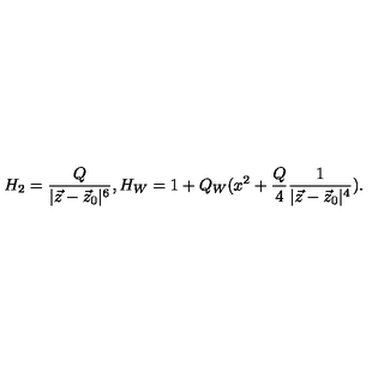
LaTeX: H _ { 2 } = { \frac { Q } { | \vec { z } - \vec { z } _ { 0 } | ^ { 6 } } } , H _ { W } = 1 + Q _ { W } ( x ^ { 2 } + { \frac { Q } { 4 } } { \frac { 1 } { | \vec { z } - \vec { z } _ { 0 } | ^ { 4 } } } ) .